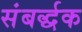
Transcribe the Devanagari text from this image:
संबर्द्धक